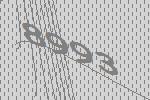
8993